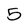
Character: 5